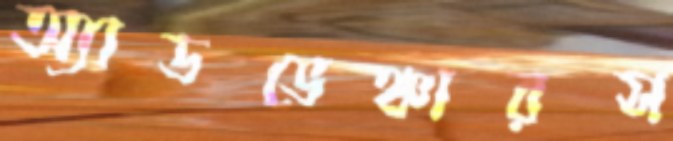
অ্যাডভেঞ্চারস